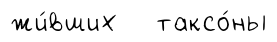
жи́вших таксо́ны